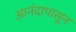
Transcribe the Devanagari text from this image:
आनंदापासून